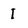
Character: I